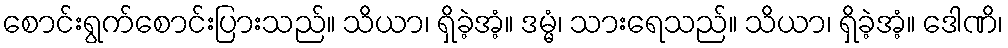
စောင်းရွက်စောင်းပြားသည်။ သိယာ၊ ရှိခဲ့အံ့။ ဒမ္မံ၊ သားရေသည်။ သိယာ၊ ရှိခဲ့အံ့။ ဒေါဏိ၊